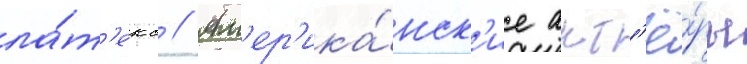
ла́т'екс // Ам'ер'ика́нск'ие акт'ё́ры